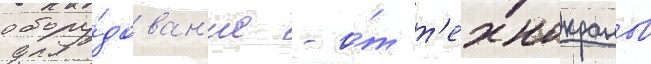
обору́дован'ие - о́т т'ехнокранов